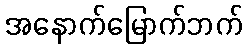
အနောက်မြောက်ဘက်